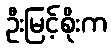
ဦးမြင့်စိုးက